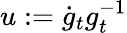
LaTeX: u:=\dot{g}_{t}g_{t}^{-1}